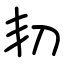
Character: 㓞